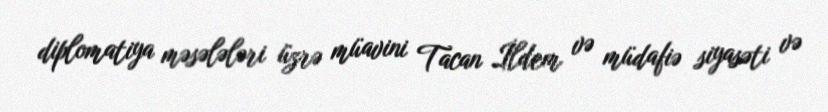
diplomatiya məsələləri üzrə müavini Tacan İldem və müdafiə siyasəti və